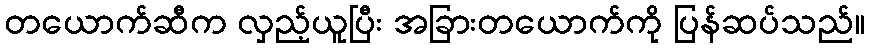
တယောက်ဆီက လှည့်ယူပြီး အခြားတယောက်ကို ပြန်ဆပ်သည်။